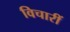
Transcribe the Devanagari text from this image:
विचारीं